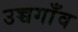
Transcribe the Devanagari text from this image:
उच्चगाँव